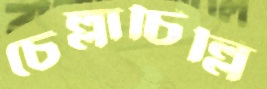
চেল্লাচিল্লি